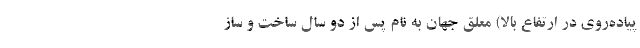
پیاده‌روی در ارتفاع بالا) معلق جهان به نام پس از دو سال ساخت و ساز